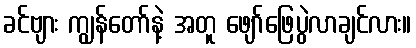
ခင်ဗျား ကျွန်တော်နဲ့ အတူ ဖျော်ဖြေပွဲလာချင်လား။